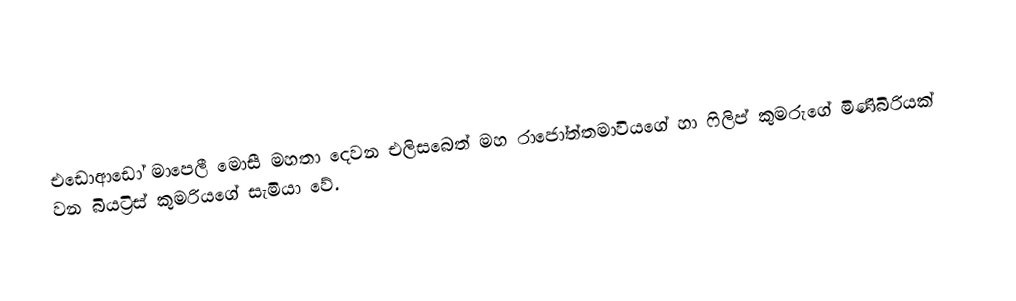
එඩොආඩෝ මාපෙලී මොසී මහතා දෙවන එලිසබෙත් මහ රාජෝත්තමාවියගේ හා ෆිලිප් කුමරුගේ මිණිබිරියක් වන බියට්‍රිස් කුමරියගේ සැමියා වේ.